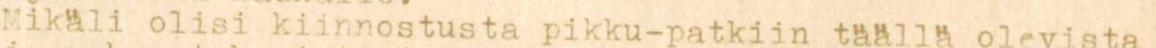
Mikäli olisi kiinnostusta pikku-pätkiin täällä olevista